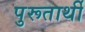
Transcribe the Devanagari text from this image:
पुरूतार्थी